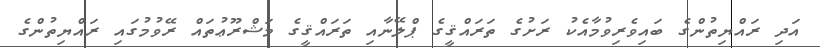
އަދި ރައްޔިތުންގެ ބައިވެރިވުމާއެކު ރަށުގެ ތަރައްޤީގެ ޕްލޭނާއި ތަރައްޤީގެ މަޝްރޫޢުތައް ރޭވުމުގައި ރައްޔިތުންގެ